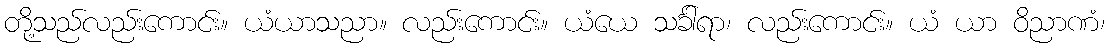
တို့သည်လည်းကောင်း။ ယံယာသညာ။ လည်းကောင်း။ ယံယေ သင်္ခါရာ၊ လည်းကောင်း။ ယံ ယာ ဝိညာဏံ၊